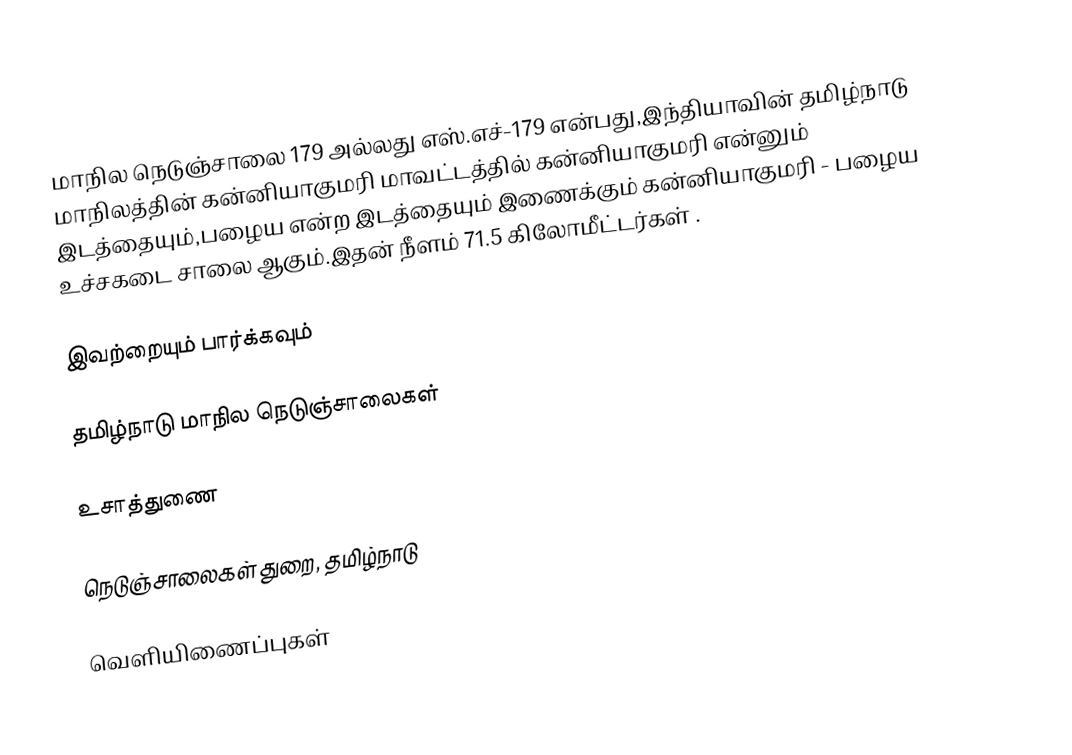
மாநில நெடுஞ்சாலை 179 அல்லது எஸ்.எச்-179  என்பது,இந்தியாவின் தமிழ்நாடு மாநிலத்தின்  கன்னியாகுமரி மாவட்டத்தில்  கன்னியாகுமரி  என்னும் இடத்தையும்,பழைய  என்ற இடத்தையும் இணைக்கும் கன்னியாகுமரி - பழைய உச்சகடை சாலை ஆகும்.இதன் நீளம் 71.5  கிலோமீட்டர்கள் .

இவற்றையும் பார்க்கவும்

 தமிழ்நாடு மாநில நெடுஞ்சாலைகள்

உசாத்துணை

 நெடுஞ்சாலைகள் துறை, தமிழ்நாடு

வெளியிணைப்புகள்